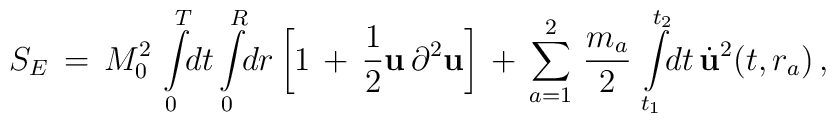
S_{E}\,=\,M_{0}^{2}\,\int\limits_{0}^{T}\!\! dt\int\limits_{0}^{R}\!\!dr\left[1\,+\,\frac{1}{2}{\bf u}\,\partial^{2}{\bf u}\right]\,+\,\sum_{a=1}^{2}\,\frac{m_a}{2}\,\int\limits_{t_1}^{t_2}\!\!dt\,{\dot{\bf u}}^2(t,r_a)\,{,}